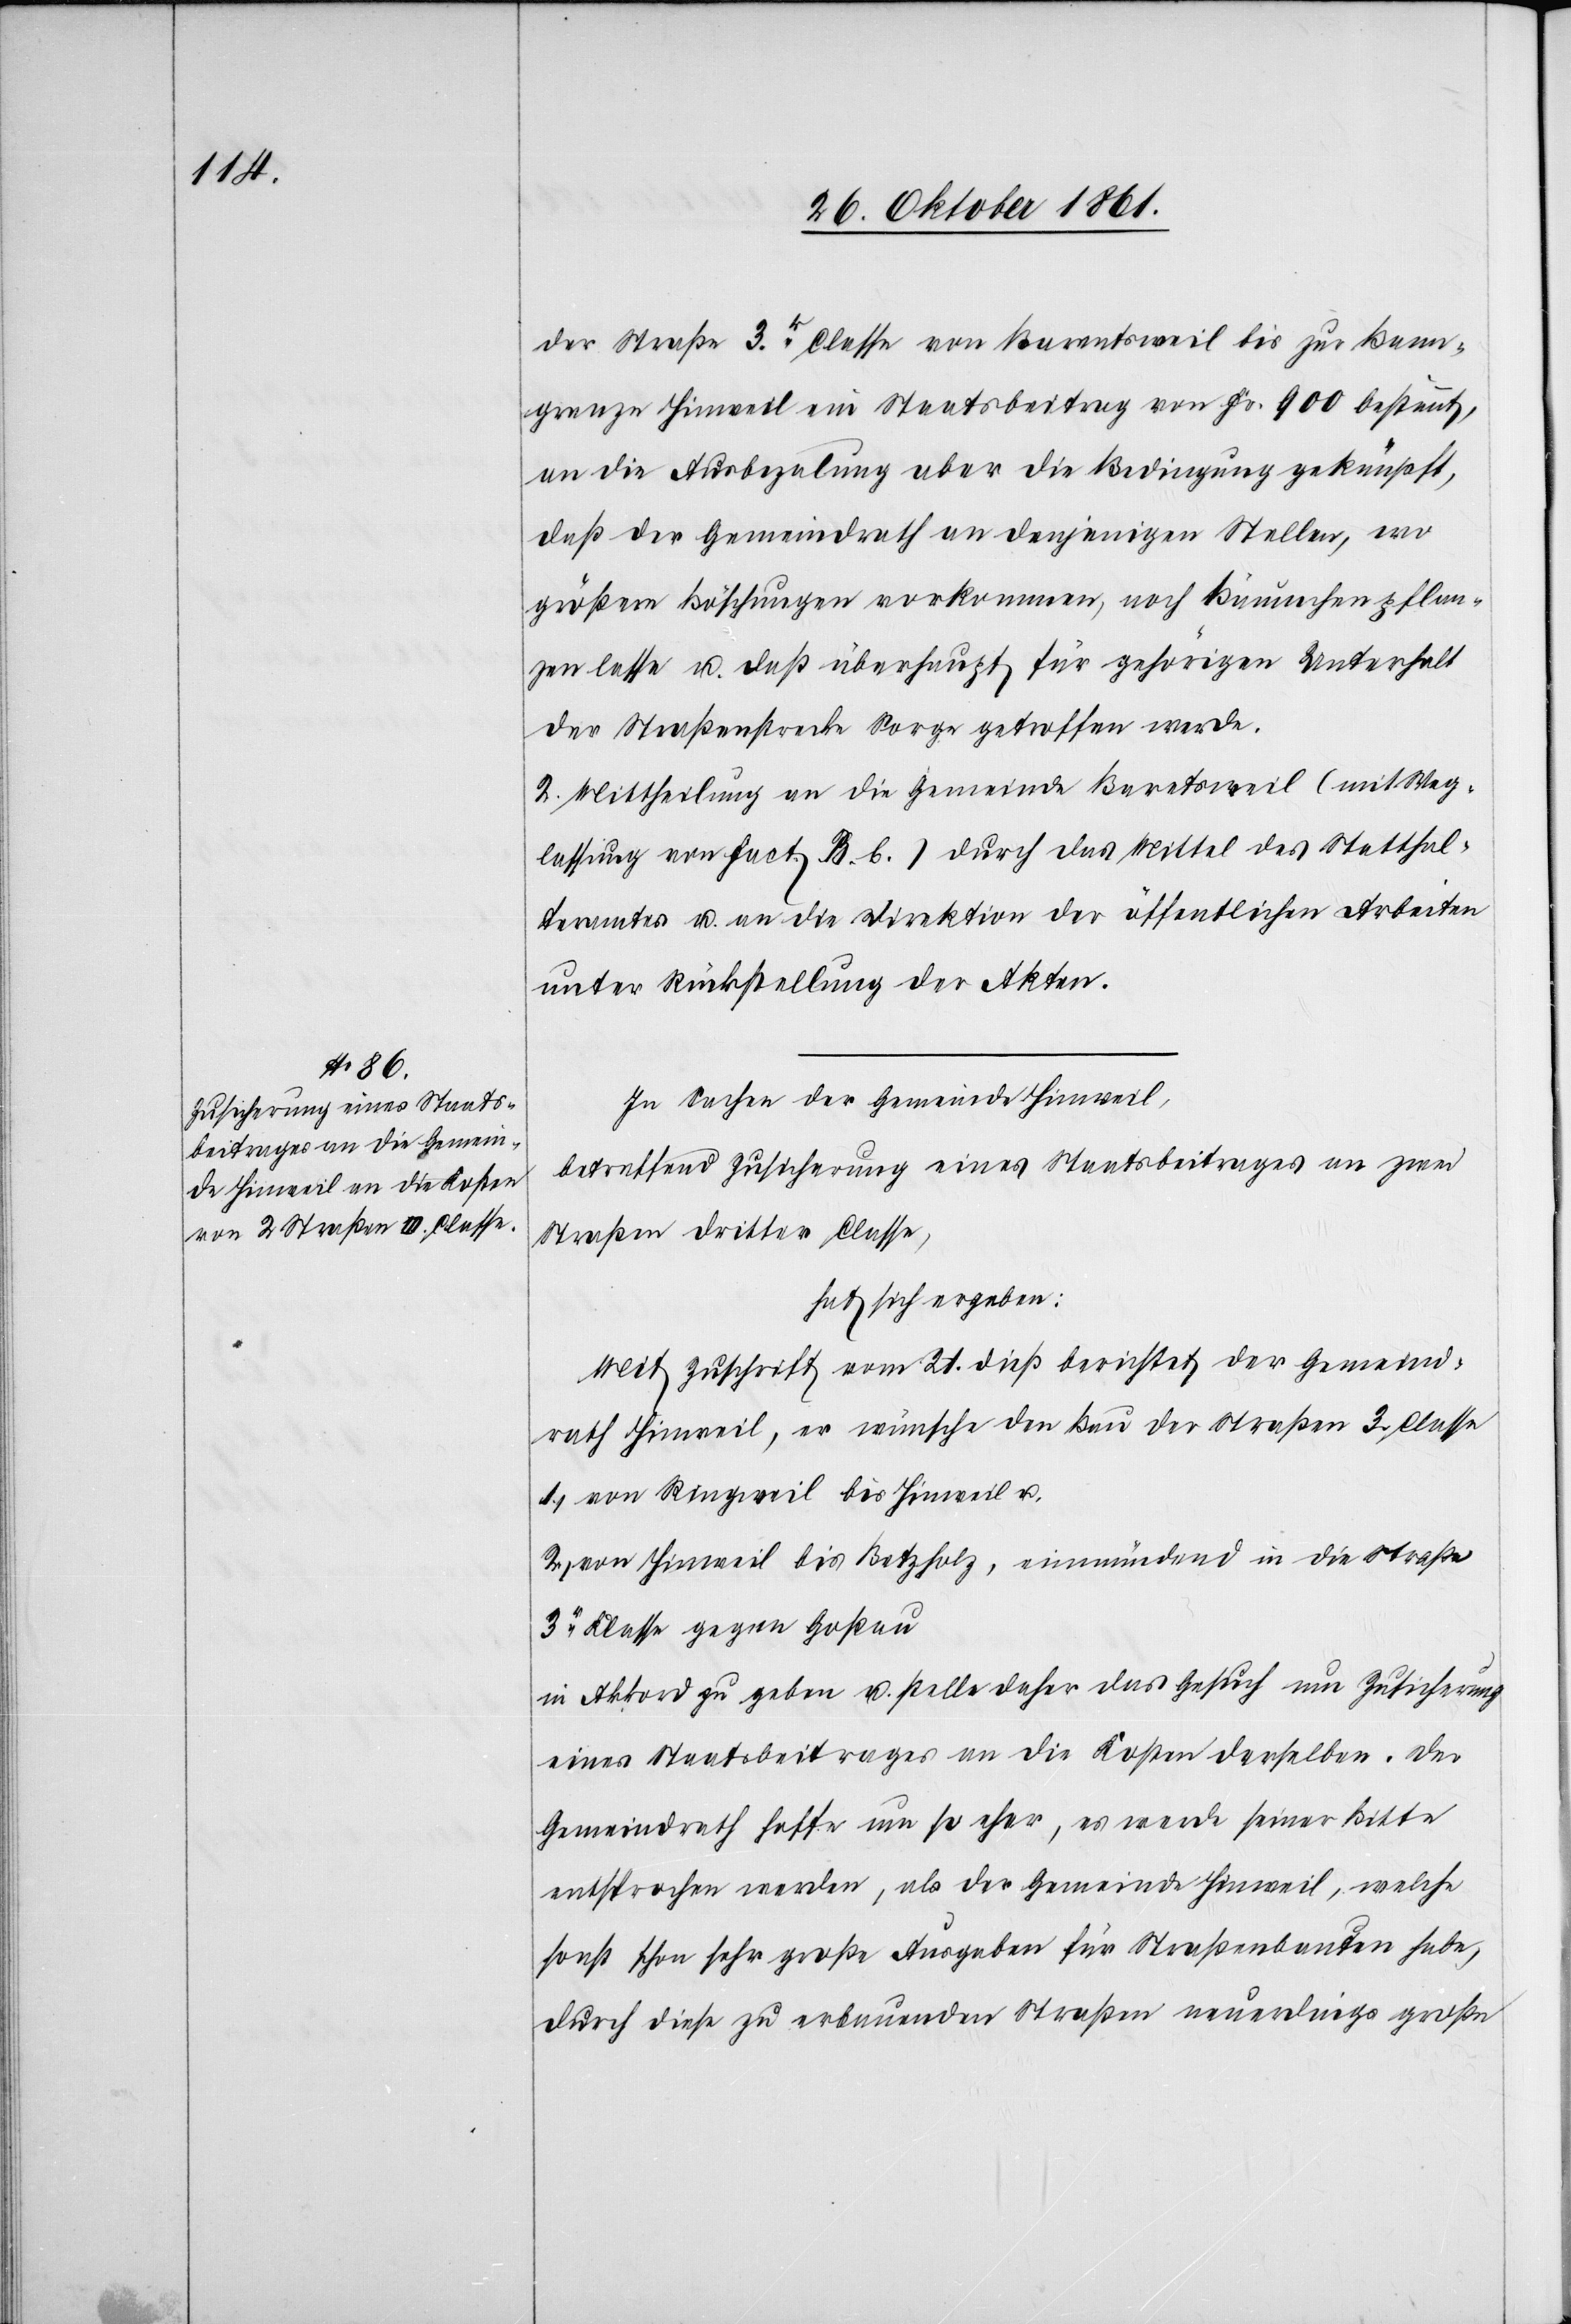
der Straße 3tr Classe von Barentsweil [sic!] bis zur Bann¬
grenze Hinweil ein Staatsbeitrag von Fr. 900 bestimmt,
an die Ausbezalung aber die Bedingung geknüpft,
daß der Gemeindrath an denjenigen Stellen, wo
größere Böschungen vorkommen, noch Bäumchen pflan¬
zen lasse u. daß überhaupt für gehörigen Unterhalt
der Straßenstrecke Sorge getroffen werde.
2. Mittheilung an die Gemeinde Baretsweil [sic!] (mit Weg¬
lassung von Fact. B. b.) durch das Mittel des Statthal¬
teramtes u. an die Direktion der öffentlichen Arbeiten
unter Rückstellung der Akten.
In Sachen der Gemeinde Hinweil,
betreffend Zusicherung eines Staatsbeitrages an zwei
Straßen dritter Classe,
hat sich ergeben:
Mit Zuschrift vom 21 dieß berichtet der Gemeind¬
rath Hinweil, er wünsche den Bau der Straßen 3 Classe
1, von Ringweil bis Hinweil u.,
von Hinweil bis Betzholz, einmündend in die Straße
3r Klasse gegen Goßau
in Akkord zu geben u. stelle daher das Gesuch um Zusicherung
eines Staatsbeitrages an die Kosten derselben. Der
Gemeindrath hoffe um so eher, als der Gemeinde Hinweil,
sonst schon sehr große Ausgaben für Straßenbauten habe,
durch diese zu erbauenden Straßen neuerdings große